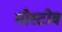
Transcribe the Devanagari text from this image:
मोस्टोव